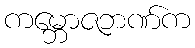
ကမ္ဘောဇဘဏ်က